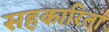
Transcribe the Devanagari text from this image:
सहकारिता